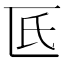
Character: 𠥯